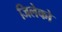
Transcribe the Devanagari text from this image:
जिलेको